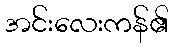
အင်းလေးကန်၏